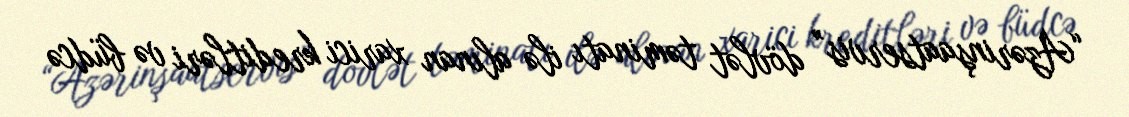
“Azərinşaatservis” dövlət təminatı ilə alınan xarici kreditləri və büdcə